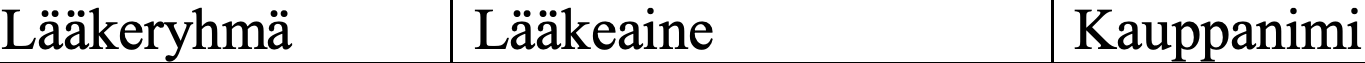
Lääkeryhmä     Lääkeaine           Kauppanimi